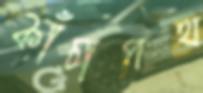
কাঁচাপথ